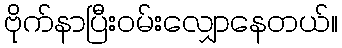
ဗိုက်နာပြီးဝမ်းလျှောနေတယ်။